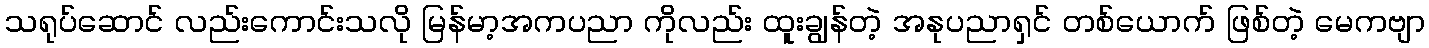
သရုပ်ဆောင် လည်းကောင်းသလို မြန်မာ့အကပညာ ကိုလည်း ထူးချွန်တဲ့ အနုပညာရှင် တစ်ယောက် ဖြစ်တဲ့ မေကဗျာ